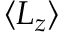
\left\langle L _ { z } \right\rangle